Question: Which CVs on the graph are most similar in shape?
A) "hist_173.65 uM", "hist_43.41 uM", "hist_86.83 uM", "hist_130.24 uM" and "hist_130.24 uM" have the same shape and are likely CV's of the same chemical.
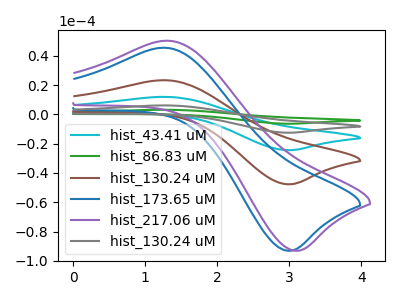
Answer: <think>The cyan curve "hist_43.41 uM" has an anodic peak at (1.25V, 46.60uA) and a cathodic peak at (3.05V, -95.30uA). The green curve "hist_86.83 uM" has an anodic peak at (1.25V, 93.20uA) and a cathodic peak at (3.05V, -190.60uA). The brown curve "hist_130.24 uM" has an anodic peak at (1.25V, 23.30uA) and a cathodic peak at (3.05V, -47.65uA). The blue curve "hist_173.65 uM" has an anodic peak at (1.25V, 45.45uA) and a cathodic peak at (3.05V, -93.00uA). The purple curve "hist_217.06 uM" has an anodic peak at (1.30V, 50.25uA) and a cathodic peak at (3.15V, -93.00uA). The gray curve "hist_130.24 uM" has an anodic peak at (1.25V, 69.90uA) and a cathodic peak at (3.05V, -142.95uA).
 All the peaks in "hist_43.41 uM" have a peak in "hist_86.83 uM" at the same potential. Every peak in "hist_43.41 uM" is lower than every peak in "hist_86.83 uM". All the peaks in "hist_43.41 uM" have a peak in "hist_130.24 uM" at the same potential. Every peak in "hist_43.41 uM" is higher than every peak in "hist_130.24 uM". All the peaks in "hist_43.41 uM" have a peak in "hist_173.65 uM" at the same potential. Every peak in "hist_43.41 uM" is higher than every peak in "hist_173.65 uM". "hist_43.41 uM" and "hist_217.06 uM" have at least one peak that do not match. All the peaks in "hist_43.41 uM" have a peak in "hist_130.24 uM" at the same potential. Every peak in "hist_43.41 uM" is lower than every peak in "hist_130.24 uM". All the peaks in "hist_86.83 uM" have a peak in "hist_130.24 uM" at the same potential. Every peak in "hist_86.83 uM" is higher than every peak in "hist_130.24 uM". All the peaks in "hist_86.83 uM" have a peak in "hist_173.65 uM" at the same potential. Every peak in "hist_86.83 uM" is higher than every peak in "hist_173.65 uM". "hist_86.83 uM" and "hist_217.06 uM" have at least one peak that do not match. All the peaks in "hist_86.83 uM" have a peak in "hist_130.24 uM" at the same potential. Every peak in "hist_86.83 uM" is higher than every peak in "hist_130.24 uM". All the peaks in "hist_130.24 uM" have a peak in "hist_173.65 uM" at the same potential. Every peak in "hist_130.24 uM" is lower than every peak in "hist_173.65 uM". "hist_130.24 uM" and "hist_217.06 uM" have at least one peak that do not match. All the peaks in "hist_130.24 uM" have a peak in "hist_130.24 uM" at the same potential. Every peak in "hist_130.24 uM" is lower than every peak in "hist_130.24 uM". "hist_173.65 uM" and "hist_217.06 uM" have at least one peak that do not match. All the peaks in "hist_173.65 uM" have a peak in "hist_130.24 uM" at the same potential. Every peak in "hist_173.65 uM" is lower than every peak in "hist_130.24 uM". "hist_217.06 uM" and "hist_130.24 uM" have at least one peak that do not match.</think>
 <answer>A) "hist_173.65 uM", "hist_43.41 uM", "hist_86.83 uM", "hist_130.24 uM" and "hist_130.24 uM" have the same shape and are likely CV's of the same chemical.</answer>
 <eval>A</eval>